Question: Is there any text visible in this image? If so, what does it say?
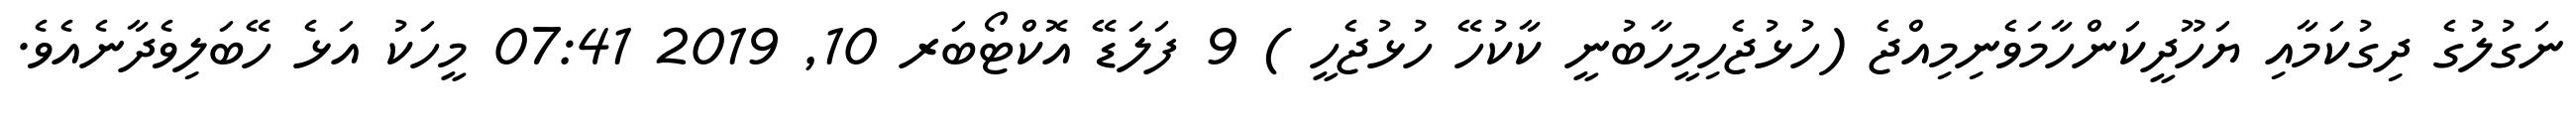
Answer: ނަގުލުގެ ދިގުކަމާއި ޔަހޫދީކަންހާމަވެނިމިއްޖެ (ހުޅުޖެހިމީހާބުނީ ކާކުހޭ ހުޅުޖެހީ ) 9 ފަލަޑޭ އޮކްޓޯބަރ 10, 2019 07:41 މީހަކު އަޅެ ހޭބަލިވެދާނެއެވެ.